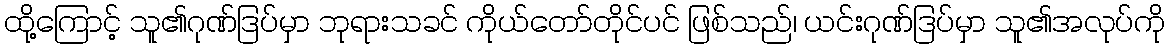
ထို့ကြောင့် သူ၏ဂုဏ်ဒြပ်မှာ ဘုရားသခင် ကိုယ်တော်တိုင်ပင် ဖြစ်သည်၊ ယင်းဂုဏ်ဒြပ်မှာ သူ၏အလုပ်ကို